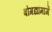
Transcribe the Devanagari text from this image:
बोगद्यांमार्गे